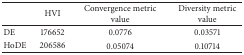
<table><thead><tr><td><b> </b></td><td><b>HVI</b></td><td><b>Convergence metricvalue</b></td><td><b>Diversity metricvalue</b></td></tr></thead><tbody><tr><td>DE</td><td>176652</td><td>0.0776</td><td>0.03571</td></tr><tr><td>HoDE</td><td>206586</td><td>0.05074</td><td>0.10714</td></tr></tbody></table>